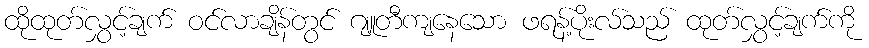
ထိုထုတ်လွှင့်ချက် ဝင်လာချိန်တွင် ဂျူတီကျနေသော ဖရန့်ပိုးလ်သည် ထုတ်လွှင့်ချက်ကို